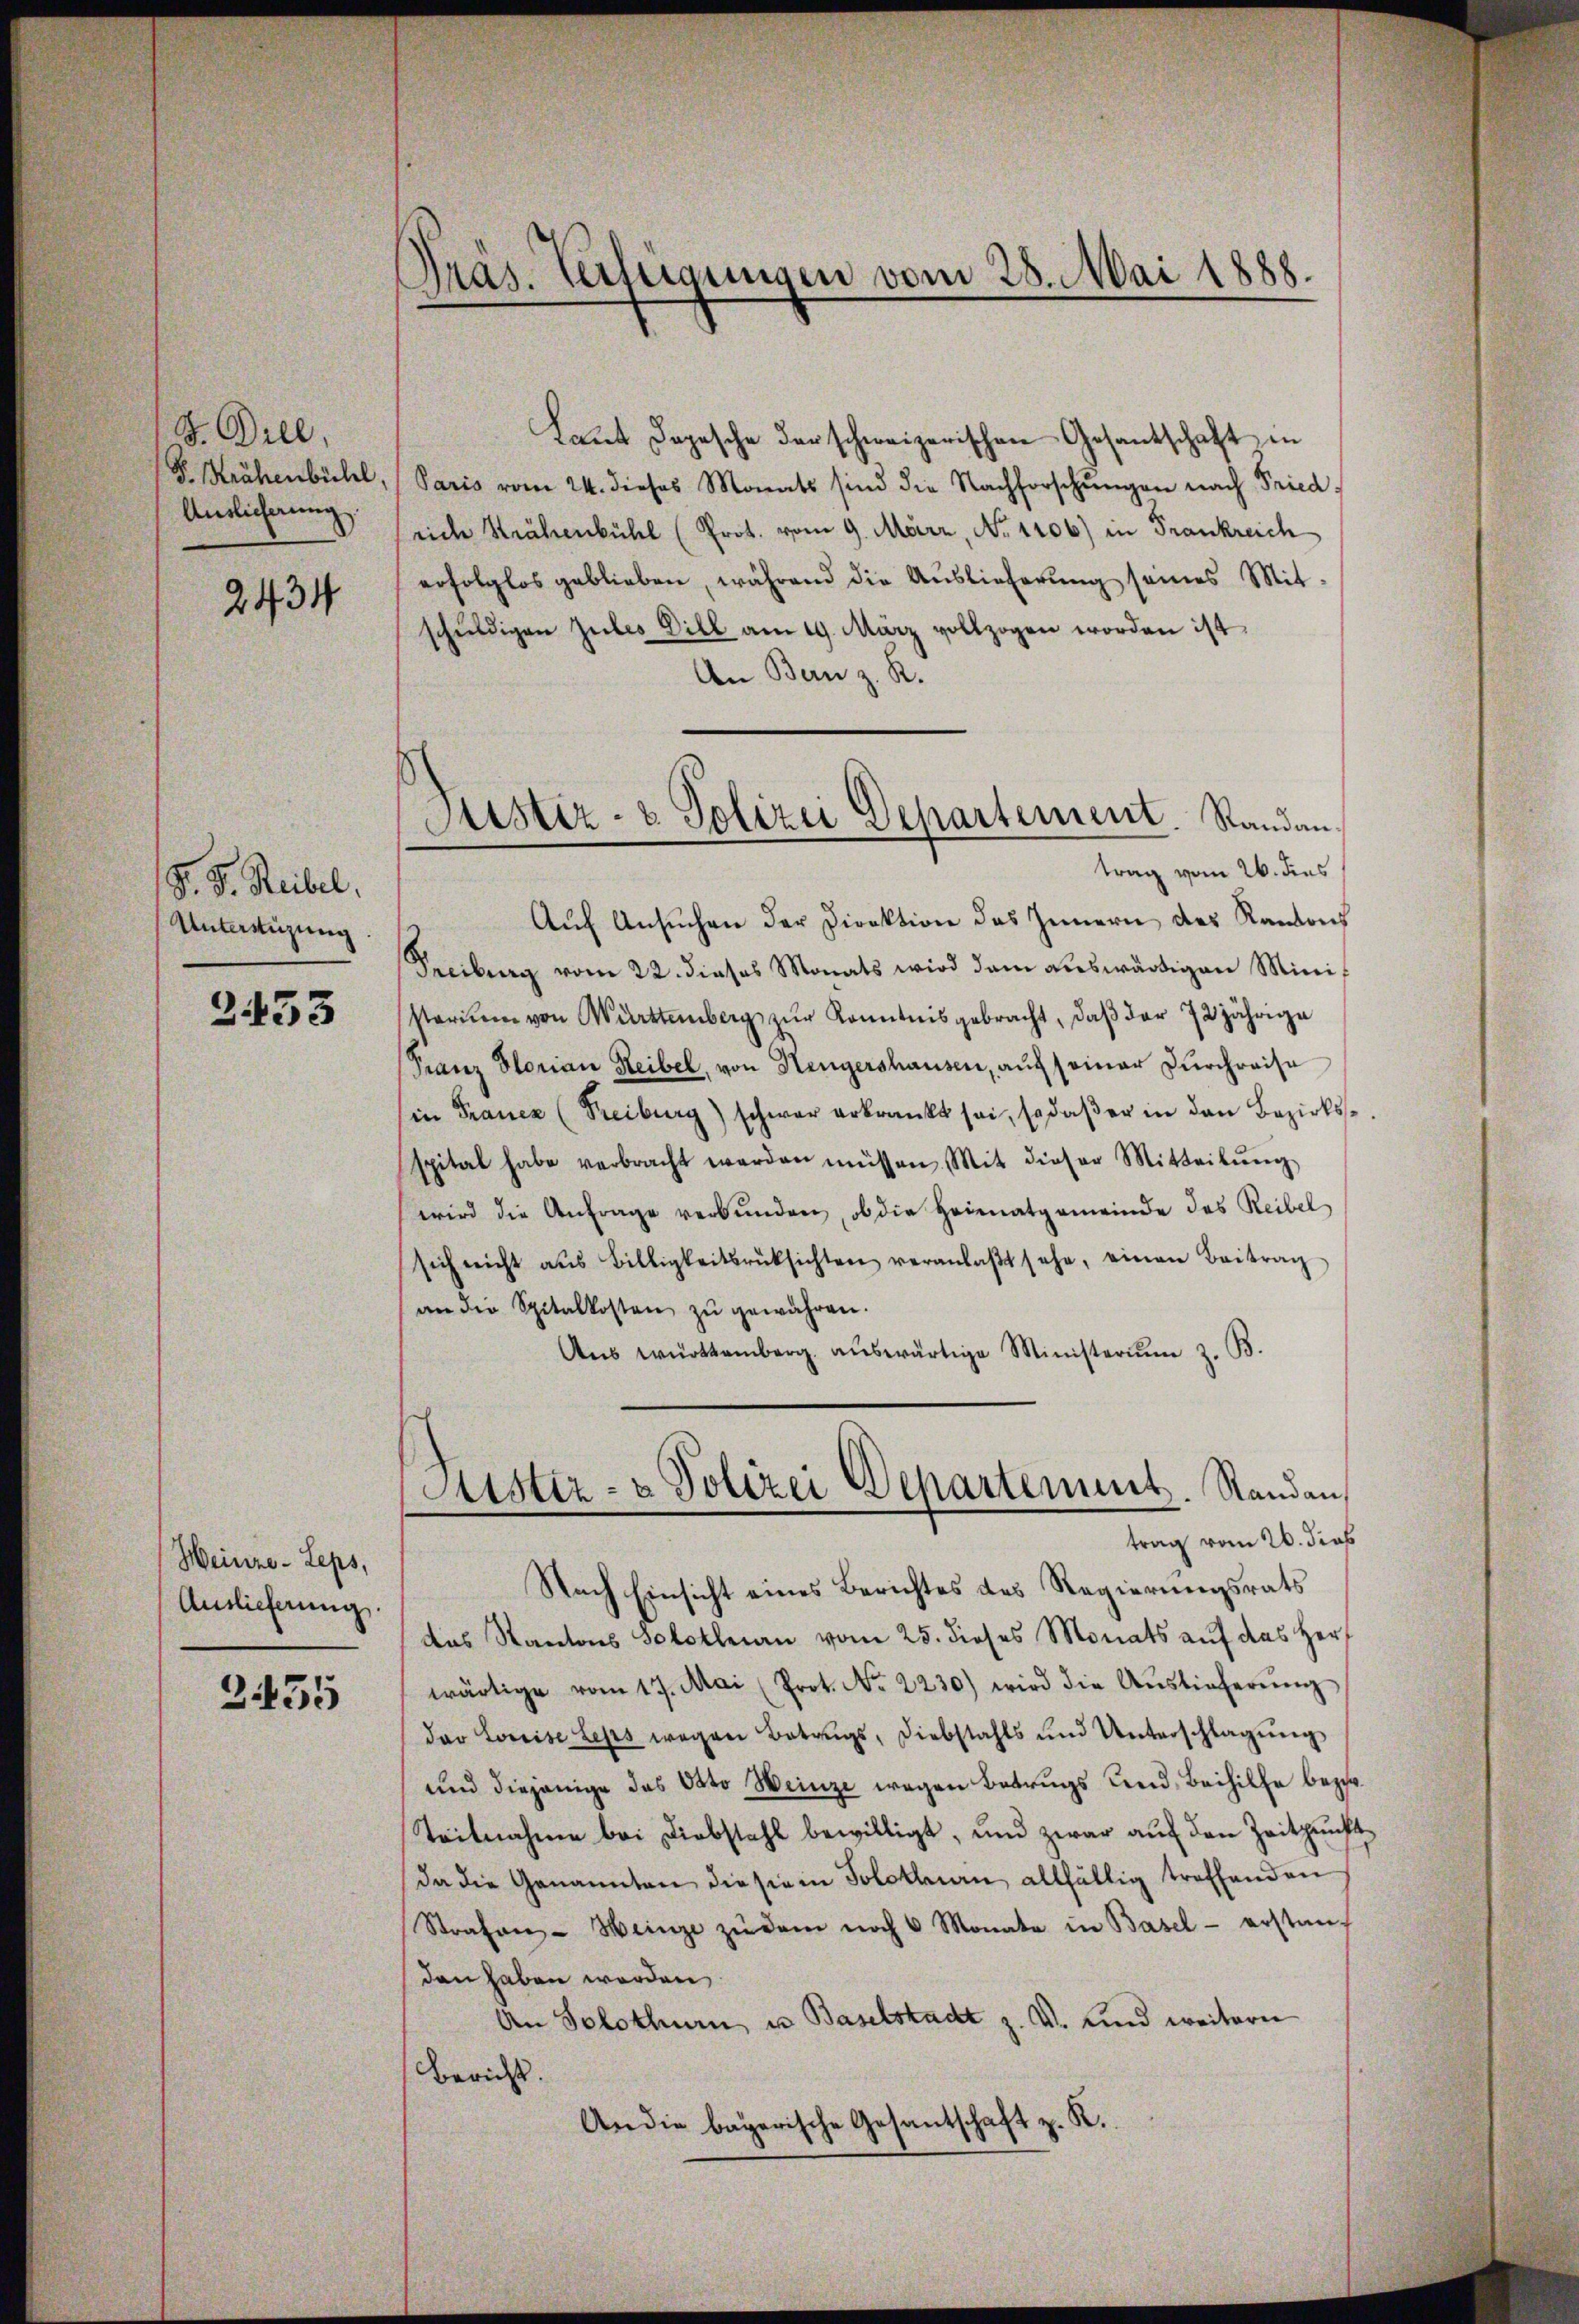
J. Dill,
F. Krähenbühl,
Auslicherung.

2434

S. D. Reibel.
Unterstüzung

2453

Heinre - Leps,
Auslieferung.

2455

Präs. Verfügungen vom 28. Mai 1888.

Laut Depesche der schweizerischen Gesantschaft in
Paris vom 24. dieses Monats sind die Nachforschŭngen nach Fried
rich Krähenbühl (Prot. vom 9. März, No 1106) in Frankreich
erfolglos geblieben, während die Auslieferŭng seines Mitschŭldigen Zules Dill am 19. März vollzogen worden ist.
An Bern z. R.
trag vom 26. dies
Auf Ansuchen der Direktion des Innern des Kantons
Freiburg vom 22. dieses Monats wird dem auswärtigen Ministarium von Württemberg zŭr Kenntnis gebracht, daβ der 72jährige
Franz Slorian Reibel, von Hengershausen, auch seiner Durchreise
in Francz (Freiburg) schwer erkrankt sei, so daβ er in den Bezirksspital habe verbracht werden müssen. Mit dieser Mitteilŭng
wird die Anfrage verbŭnden, ob die Heimatgemeinde das Reibel
sich nicht aŭs Billigkeitsrüksichten veranlaβt sehe, einen Beitrag
an die Spitalkosten zŭ gewähren.
Aŭs württemberg. aŭswärtige Ministerim z. B.
Aister- & Polizei Departement. Standan
trag vom 26. dieß
Nach Einsicht eines Berichtes des Regierungsrats
das Kantons Solothurn vom 25. dieses Monats aŭf das Herz
wärtige vom 17. Mai (Prot. No. 2230) wird die Aŭslieferŭng
dar Louise Leses wegen Betrags, Diebstahls und Unterschlagung
und diejenige das Otto Weinze wegen Betrugs und Beihilfe bezir
Teilnahme bei Diebstahl bewilligt, und zwar auf den Zeitpunf
da die Genannten diesem Solothurn allfällig treffenden
Strafen-Weinze zŭ dem noch 6 Monata in Basel - erstauf
den haben werden,
An Solothurn, u Baselstadt z. V. Kind weitern
Bericht.
An die bayerische Gesantschaft z. R.

Justiz- & Polizei Departement. Randan